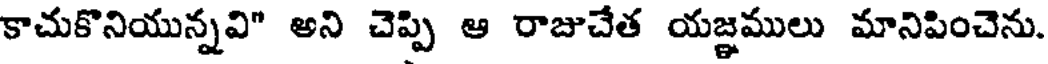
కాచుకొనియున్నవి" అని చెప్పి ఆ రాజుచేత యజ్ఞములు మానిపించెను.